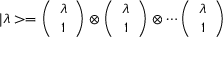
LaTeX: | \lambda > = \left( \begin{array} { c } { { \lambda } } \\ { { 1 } } \end{array} \right) \otimes \left( \begin{array} { c } { { \lambda } } \\ { { 1 } } \end{array} \right) \otimes \cdots \left( \begin{array} { c } { { \lambda } } \\ { { 1 } } \end{array} \right)